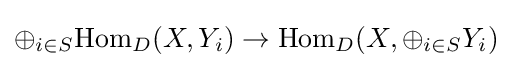
\oplus _{i\in S}\mathrm {Hom} _{D}(X,Y_{i})\to \mathrm {Hom} _{D}(X,\oplus _{i\in S}Y_{i})